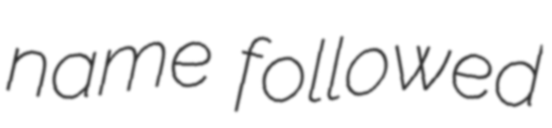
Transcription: name followed